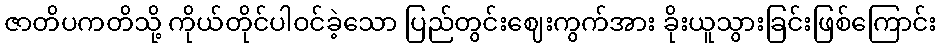
ဇာတိပကတိသို့ ကိုယ်တိုင်ပါဝင်ခဲ့သော ပြည်တွင်းဈေးကွက်အား ခိုးယူသွားခြင်းဖြစ်ကြောင်း